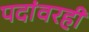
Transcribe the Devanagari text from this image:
पदांवरही